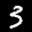
Label: 3